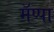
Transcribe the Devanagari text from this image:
मॅप्पा